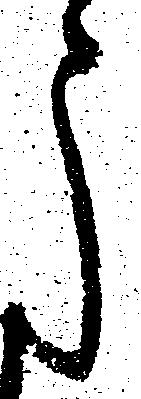
う